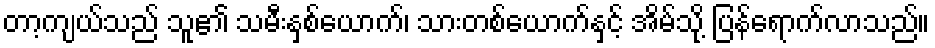
တာ့ကျယ်သည် သူ၏ သမီးနှစ်ယောက်၊ သားတစ်ယောက်နှင့် အိမ်သို့ ပြန်ရောက်လာသည်။